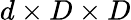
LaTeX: d\times D\times D